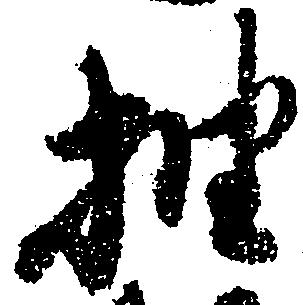
抽